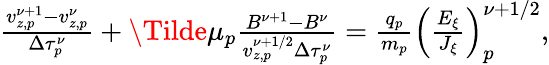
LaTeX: \begin{array}{r}{\frac{v_{z,p}^{\nu+1}-v_{z,p}^{\nu}}{\Delta\tau_{p}^{\nu}}+\Tilde{\mu}_{p}\frac{B^{\nu+1}-B^{\nu}}{v_{z,p}^{\nu+1/2}\Delta\tau_{p}^{\nu}}=\frac{q_{p}}{m_{p}}\left(\frac{E_{\xi}}{J_{\xi}}\right)_{p}^{\nu+1/2},}\end{array}